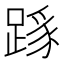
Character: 𨂼